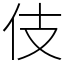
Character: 伎